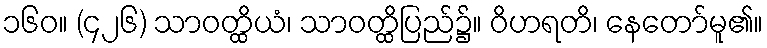
၁၆၀။ (၄၂၆) သာဝတ္ထိယံ၊ သာဝတ္ထိပြည်၌။ ဝိဟရတိ၊ နေတော်မူ၏။